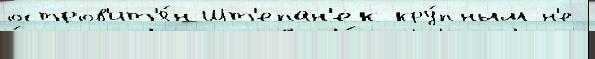
остров'ит'я́н Шт'епан'ек кру́пным н'е